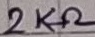
Text: 2KΩ